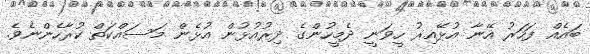
ބައެއް ފަހަރު އޭނާ އުޅޭއިރު ހީވަނީ ދެމީހުންގެ ދިރުއުޅުން އުޅެން މަސައްކަތް ކުރާހެންނެވެ.